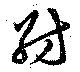
紡